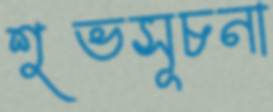
শুভসূচনা